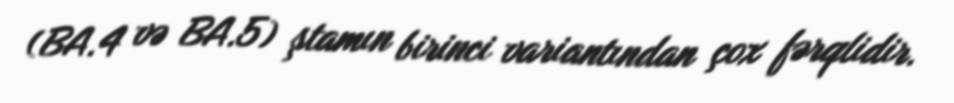
(BA.4 və BA.5) ştamın birinci variantından çox fərqlidir.